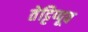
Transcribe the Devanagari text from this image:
तेट्टिप्पूव